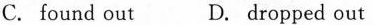
C.found out D. Dropped out